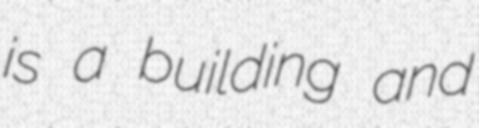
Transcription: is a building and